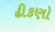
ઢીકણો